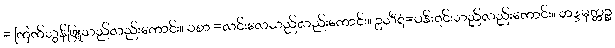
= ကြက်သွန်ဖြူသည်လည်းကောင်း။ ဝစာ =လင်းလေသည်လည်းကောင်း။ ဥသီရံ=ပန်းရင်းသည်လည်းကောင်း။ ဘဒ္ဒမုတ္တဉ္စ